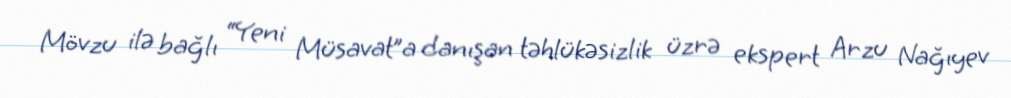
Mövzu ilə bağlı “Yeni Müsavat”a danışan təhlükəsizlik üzrə ekspert Arzu Nağıyev